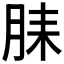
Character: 𬁻